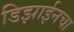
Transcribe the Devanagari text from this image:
डिझाईनचा